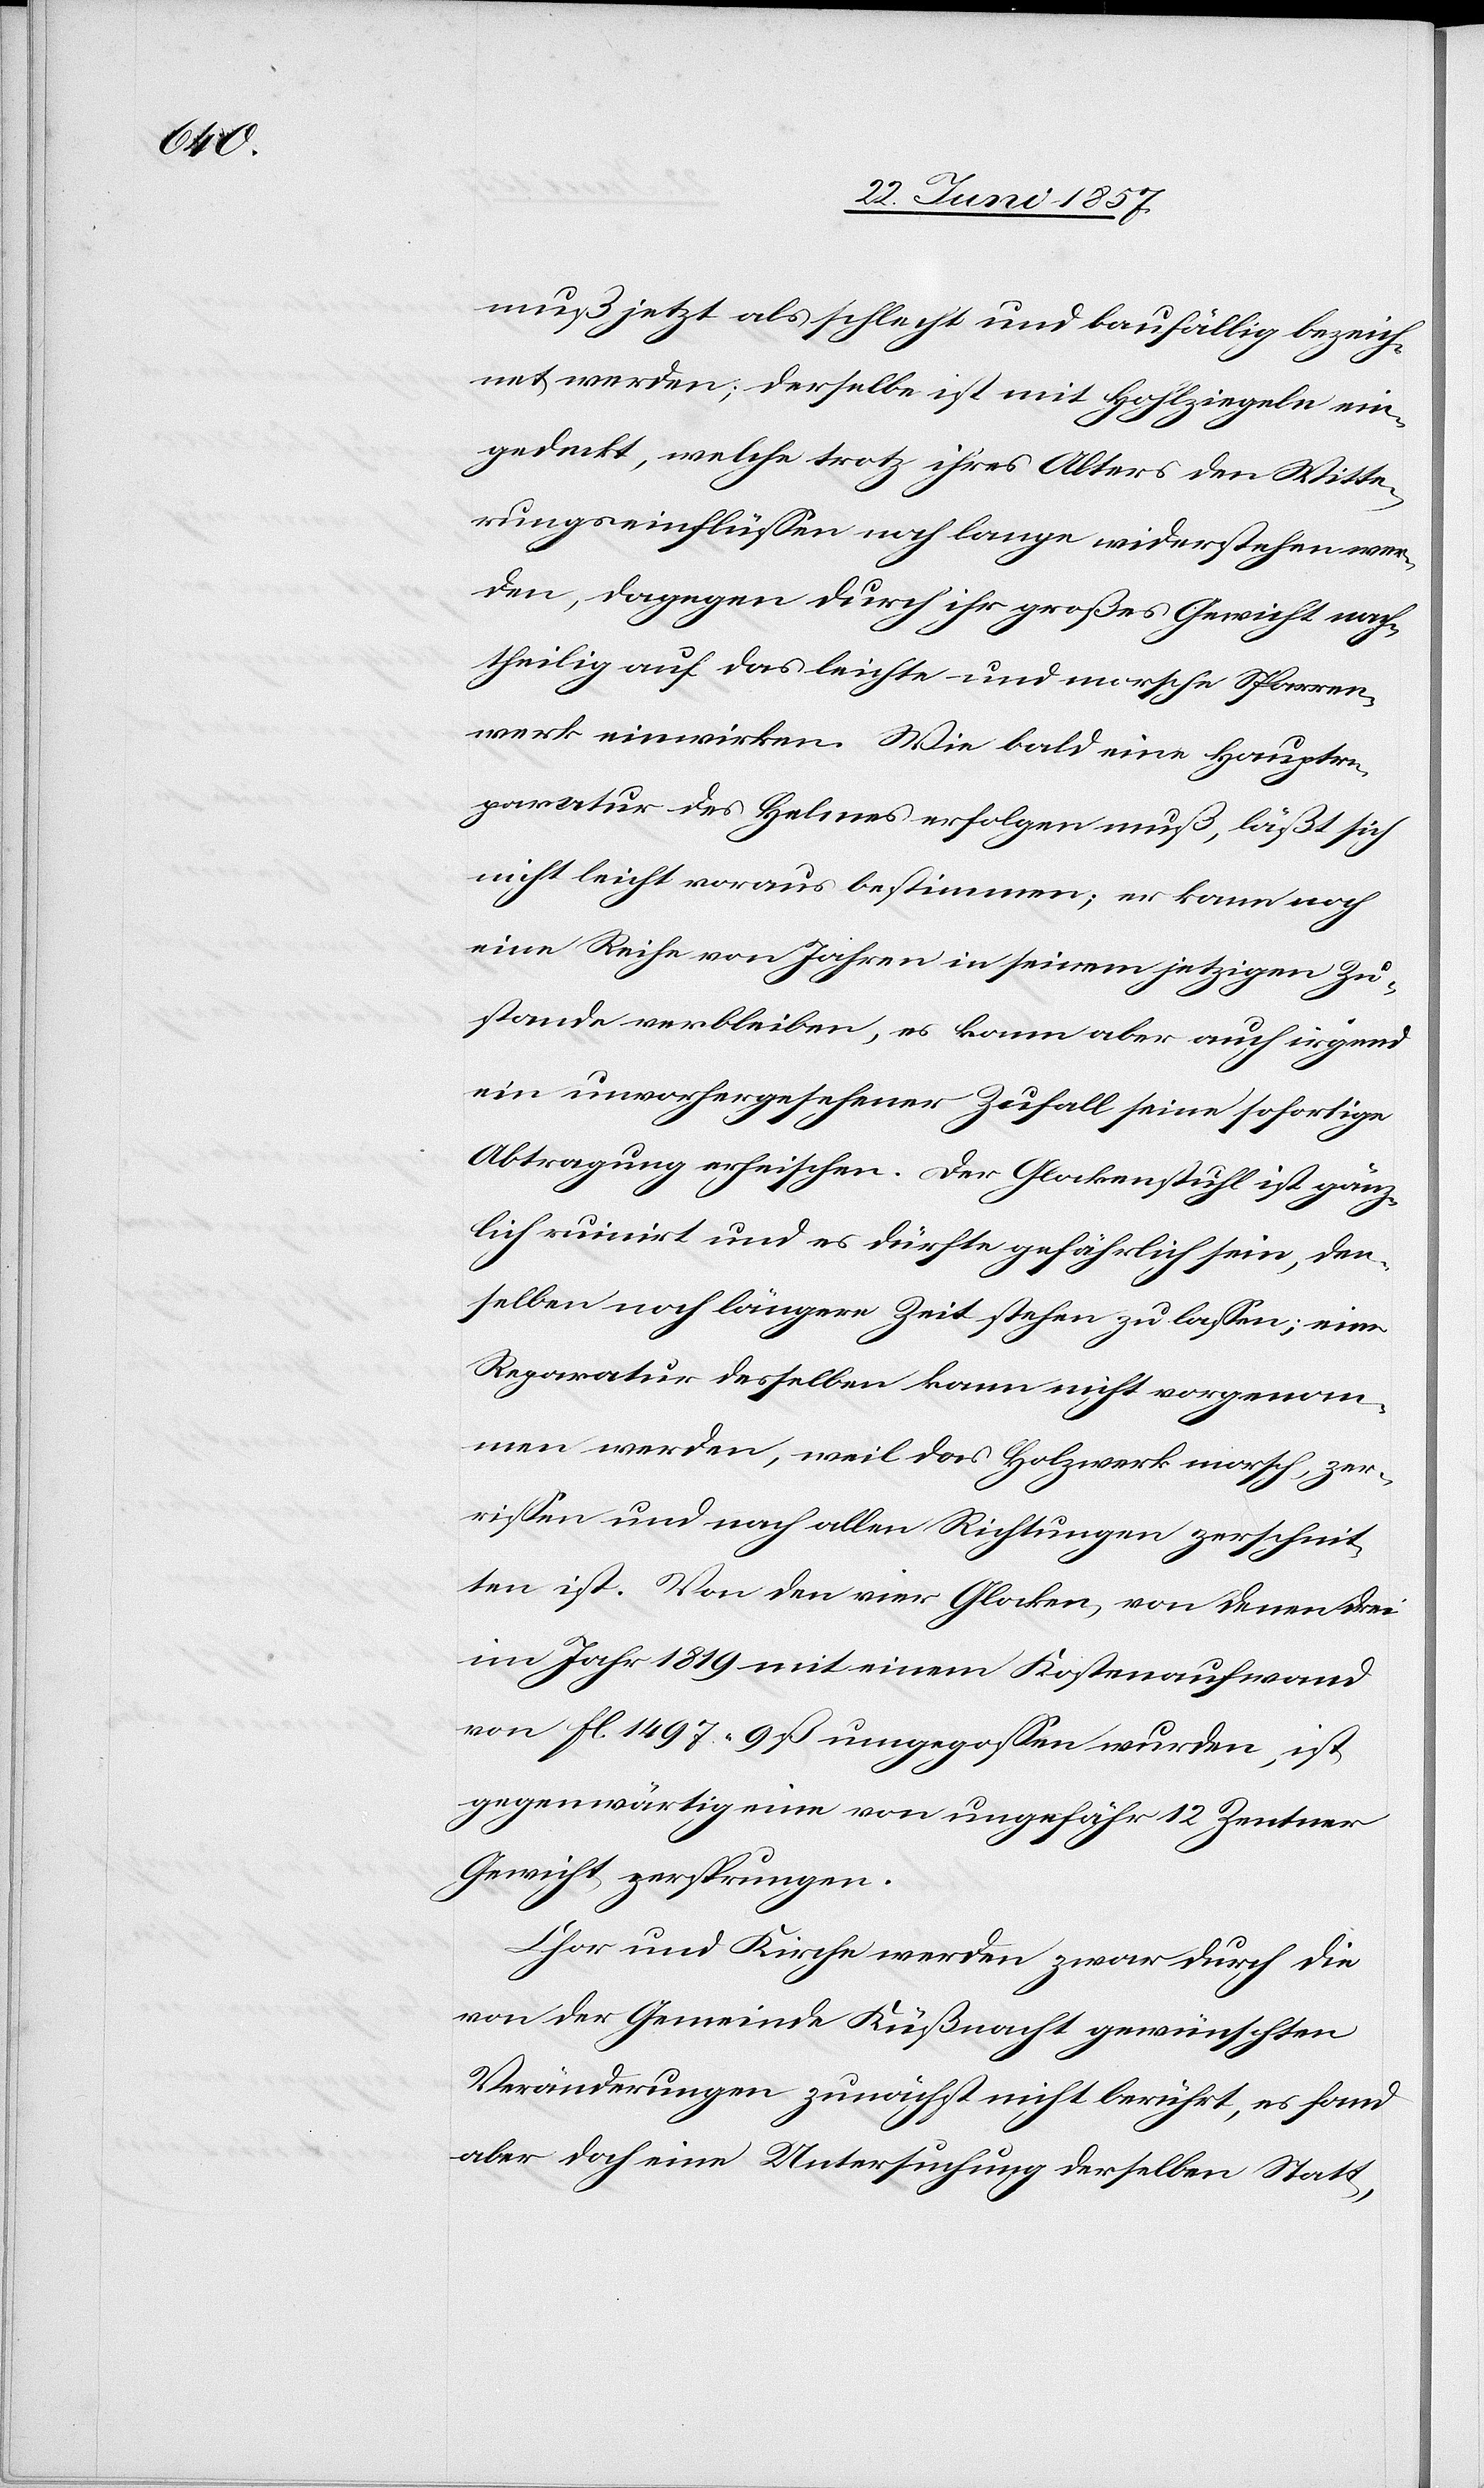
muß jetzt als schlecht und baufällig bezeich¬
net werden; derselbe ist mit Hohlziegeln ein¬
gedeckt, welche trotz ihre Alters den Witte¬
rungseinflüssen noch lange widerstehen wer¬
den, dagegen durch ihr großes Gewicht nach¬
theilig auf das leichte und morsche Sparren¬
werk einwirken. Wie bald eine Hauptre¬
paratur des Helmes erfolgen muß, läßt sich
nicht leicht voraus bestimmen; er kann noch
eine Reihe von Jahren in seinem jetzigen Zu¬
stande verbleiben, es kann aber auch irgend¬
ein unvorhergesehener Zufall seine sofortige
Abtragung erheischen. Der Glockenstuhl ist gänz¬
lich ruinirt und es dürfte gefährlich sein, den¬
selben noch längere Zeit stehen zu lassen; eine
Reparatur desselben kann nicht vorgenom¬
men werden, weil das Holzwerk morsch, zer¬
rissen und nach allen Richtungen zerschnit¬
ten ist. Von den vier Glocken, von denen drei
im Jahr 1819 mit einem Kostenaufwand
von fl. 1497. 9 ß umgegoßen wurden, ist
gegenwärtig eine von ungefähr 12 Zentner
Gewicht zersprungen.
Chor und Kirche werden zwar durch die
von der Gemeinde Küßnacht gewünschten
Veränderungen zunächst nicht berührt, es fand
aber doch eine Untersuchung derselben Statt,